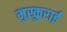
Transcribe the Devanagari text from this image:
मुस्कुराई